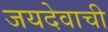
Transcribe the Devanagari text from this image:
जयदेवाची